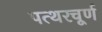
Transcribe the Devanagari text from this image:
पत्थरचूर्ण